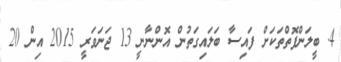
4. ބީލަންފޮތްތަކަށް ފައިސާ ބަލައިގަތުން އޮންނާނީ 13 ޖަނަވަރީ 2015 އިން 20